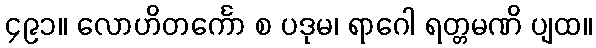
၄၉၁။ လောဟိတင်္ကော စ ပဒုမ၊ ရာဂေါ ရတ္တမဏိ ပျထ။